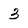
Character: 3